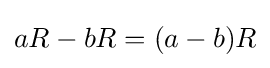
aR-bR=(a-b)R